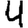
Digit: 4